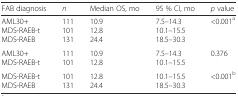
<table><thead><tr><td><b>FAB diagnosis</b></td><td><b><i>n</i></b></td><td><b>Median OS, mo</b></td><td><b>95 % CI, mo</b></td><td><b><i>p</i> value</b></td></tr></thead><tbody><tr><td>AML30+MDS-RAEB-tMDS-RAEB</td><td>111101131</td><td>10.912.824.4</td><td>7.5–14.310.1–15.518.5–30.3</td><td>&lt;0.001<sup>a</sup></td></tr><tr><td>AML30+MDS-RAEB-t</td><td>111101</td><td>10.912.8</td><td>7.5–14.310.1–15.5</td><td>0.376</td></tr><tr><td>MDS-RAEB-tMDS-RAEB</td><td>101131</td><td>12.824.4</td><td>10.1–15.518.5–30.3</td><td>&lt;0.001<sup>b</sup></td></tr></tbody></table>